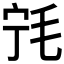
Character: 𰚔